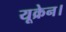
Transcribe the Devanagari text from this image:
यूक्रेन।